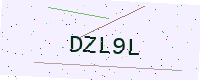
Text: DZL9L